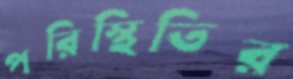
পরিস্থিতির